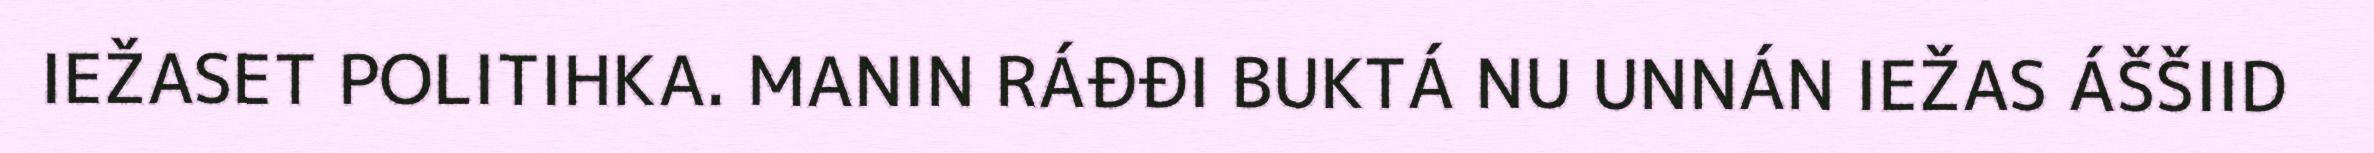
IEŽASET POLITIHKA. MANIN RÁĐĐI BUKTÁ NU UNNÁN IEŽAS ÁŠŠIID